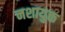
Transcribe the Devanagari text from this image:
नशायुक्त